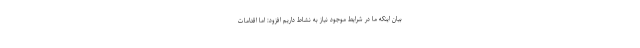
بیان اینکه ما در شرایط موجود نیاز به نشاط داریم افزود: اما اقدامات